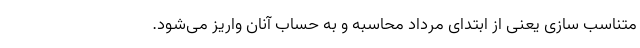
متناسب سازی یعنی از ابتدای مرداد محاسبه و به حساب آنان واریز می‌شود.